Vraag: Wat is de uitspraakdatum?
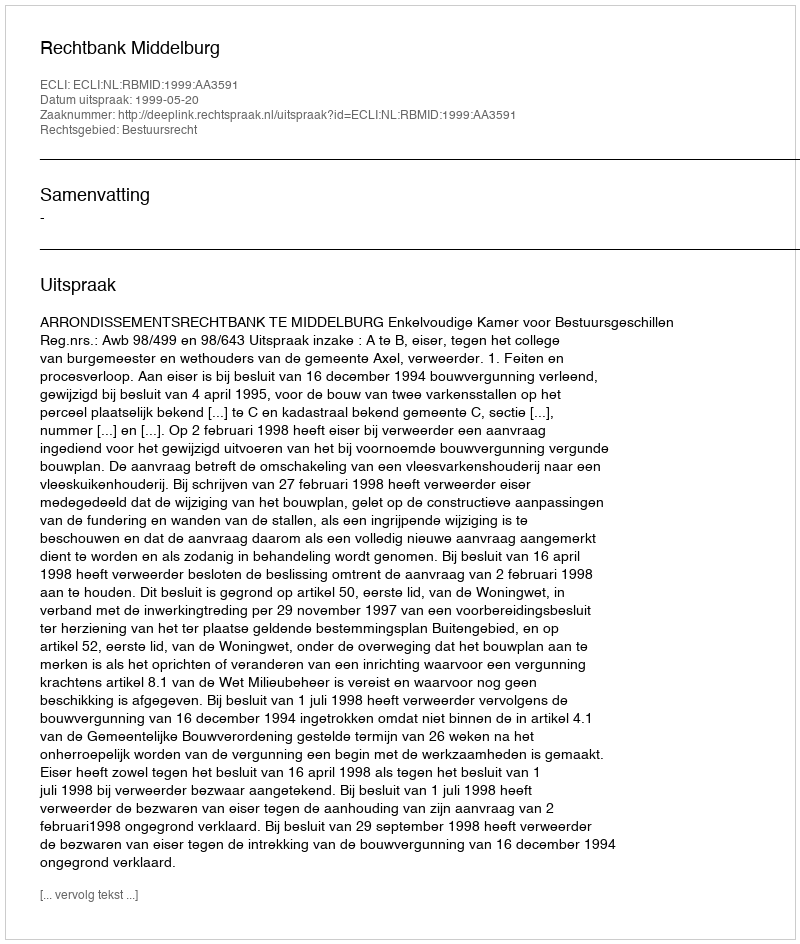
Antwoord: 1999-05-20